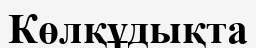
Көлқұдықта